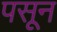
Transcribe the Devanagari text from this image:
पसून